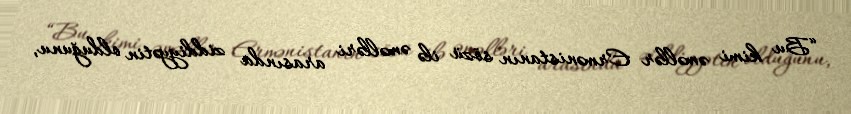
“Bu kimi əməllər Ermənistanın sözü ilə əməlləri arasında ziddiyyətin olduğunu,